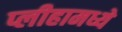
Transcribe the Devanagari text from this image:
प्लीहामध्ये